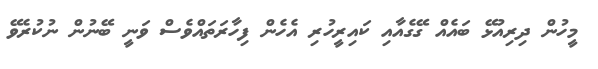
މީހުން ދިރިއުޅޭ ބައެއް ގޭގެއާއި ކައިރީހުރި އެހެން ފިހާރަތައްވެސް ވަނީ ބޭނުން ނުކުރެވޭ